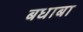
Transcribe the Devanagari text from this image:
बधाबा